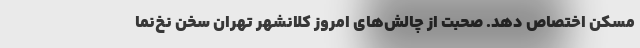
مسکن اختصاص دهد. صحبت از چالش‌های امروز کلانشهر تهران سخن نخ‌نما